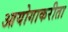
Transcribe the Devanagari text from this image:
आयोगाकरीता